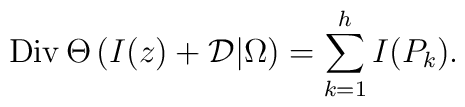
{\rm Div}\, \Theta\left(I(z)+{\cal D}\big|\Omega\right)=\sum_{k=1}^hI(P_k).